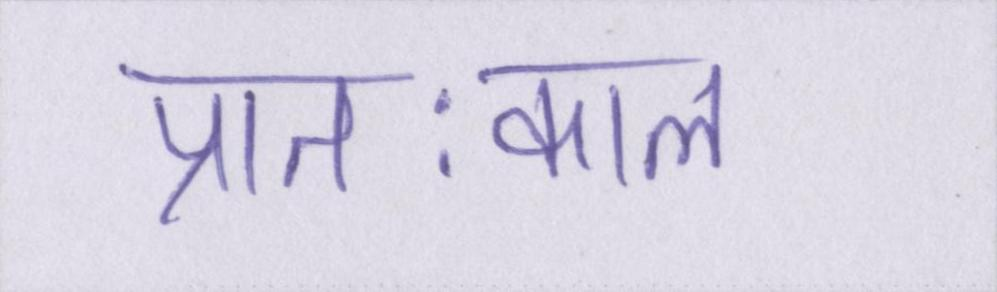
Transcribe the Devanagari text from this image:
प्रातःकाल